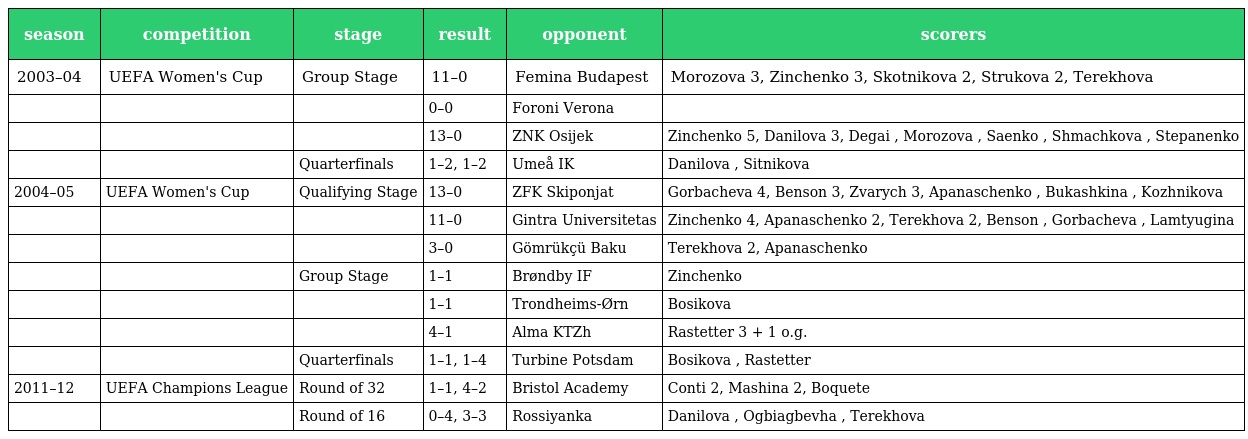
| season | competition | stage | result | opponent | scorers |
 | --- | --- | --- | --- | --- | --- |
 | 2003–04 | UEFA Women's Cup | Group Stage | 11–0 | Femina Budapest | Morozova 3, Zinchenko 3, Skotnikova 2, Strukova 2, Terekhova |
 |  |  |  | 0–0 | Foroni Verona |  |
 |  |  |  | 13–0 | ZNK Osijek | Zinchenko 5, Danilova 3, Degai , Morozova , Saenko , Shmachkova , Stepanenko |
 |  |  | Quarterfinals | 1–2, 1–2 | Umeå IK | Danilova , Sitnikova |
 | 2004–05 | UEFA Women's Cup | Qualifying Stage | 13–0 | ZFK Skiponjat | Gorbacheva 4, Benson 3, Zvarych 3, Apanaschenko , Bukashkina , Kozhnikova |
 |  |  |  | 11–0 | Gintra Universitetas | Zinchenko 4, Apanaschenko 2, Terekhova 2, Benson , Gorbacheva , Lamtyugina |
 |  |  |  | 3–0 | Gömrükçü Baku | Terekhova 2, Apanaschenko |
 |  |  | Group Stage | 1–1 | Brøndby IF | Zinchenko |
 |  |  |  | 1–1 | Trondheims-Ørn | Bosikova |
 |  |  |  | 4–1 | Alma KTZh | Rastetter 3 + 1 o.g. |
 |  |  | Quarterfinals | 1–1, 1–4 | Turbine Potsdam | Bosikova , Rastetter |
 | 2011–12 | UEFA Champions League | Round of 32 | 1–1, 4–2 | Bristol Academy | Conti 2, Mashina 2, Boquete |
 |  |  | Round of 16 | 0–4, 3–3 | Rossiyanka | Danilova , Ogbiagbevha , Terekhova |